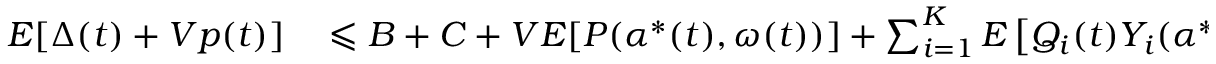
\begin{array} { r l r l } { E [ \Delta ( t ) + V p ( t ) ] } & { { } \leqslant B + C + V E [ P ( \alpha ^ { * } ( t ) , \omega ( t ) ) ] + \sum _ { i = 1 } ^ { K } E \left[ Q _ { i } ( t ) Y _ { i } ( \alpha ^ { * } ( t ) , \omega ( t ) ) \right] } \end{array}